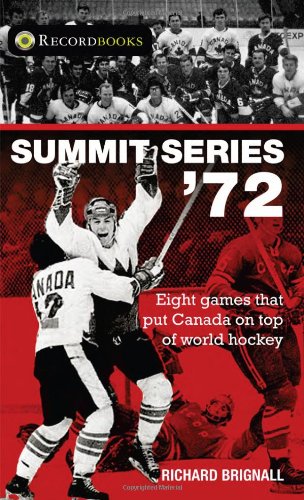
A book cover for Summit Series '72 (Lorimer Recordbooks); Richard Brignall; Teen & Young Adult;